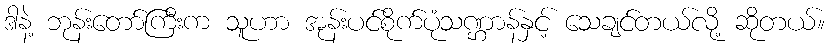
ဒါနဲ့ ဘုန်းတော်ကြီးက သူဟာ အုန်းပင်စိုက်ပုံသဏ္ဌာန်နှင့် သေချင်တယ်လို့ ဆိုတယ်။